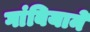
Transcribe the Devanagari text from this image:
गांबियाने